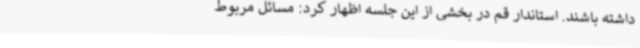
داشته باشند. استاندار قم در بخشی از این جلسه اظهار کرد: مسائل مربوط